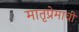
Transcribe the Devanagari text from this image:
मातृप्रेमाची